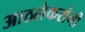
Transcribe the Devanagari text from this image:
आठलेकरांनी